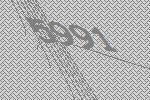
5991